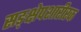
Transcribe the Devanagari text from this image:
सङ्क्षेपशारीरक